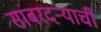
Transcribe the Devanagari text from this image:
सांबरदर्‍याची